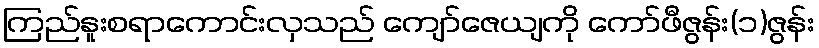
ကြည်နူးစရာကောင်းလှသည် ကျော်ဇေယျကို ကော်ဖီဇွန်း(၁)ဇွန်း